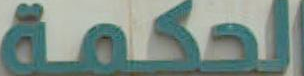
الحكمة